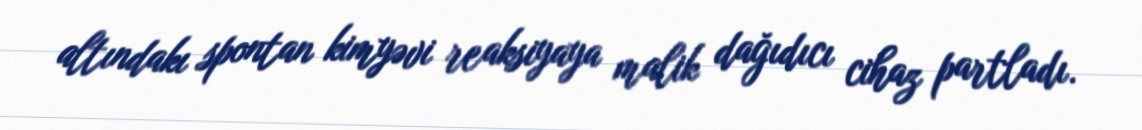
altındakı spontan kimyəvi reaksiyaya malik dağıdıcı cihaz partladı.